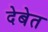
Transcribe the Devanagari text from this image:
देबेत